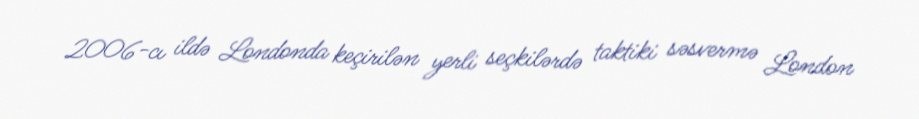
2006-cı ildə Londonda keçirilən yerli seçkilərdə taktiki səsvermə London